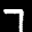
Digit: 7